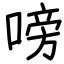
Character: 嗙